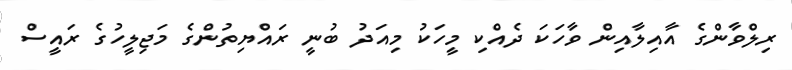
ރިލްވާންގެ އާއިލާއިން ވާހަކަ ދެއްކި މީހަކު މިއަދު ބުނީ ރައްޔިތުންގެ މަޖިލީހުގެ ރައީސް